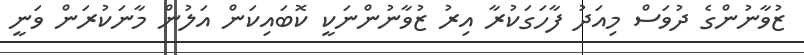
ޒުވާނުންގެ ދުވަސް މިއަދު ފާހަގަކުރާ އިރު ޒުވާނުންނަކީ ކޮބައިކަން އަލުން މާނަކުރަން ވަނީ